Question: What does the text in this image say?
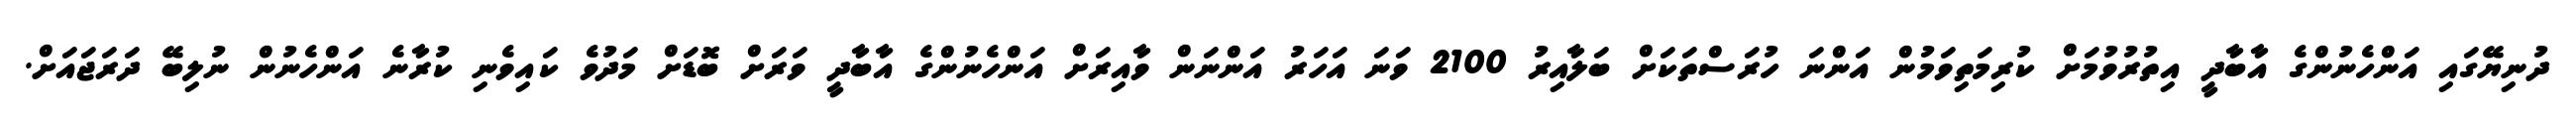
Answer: ދުނިޔޭގައި އަންހެނުންގެ އާބާދީ އިތުރުވުމަށް ކުރިމަތިވަމުން އަންނަ ހުރަސްތަކަށް ބަލާއިރު 2100 ވަނަ އަހަރު އަންނަން ވާއިރަށް އަންހެނުންގެ އާބާދީ ވަރަށް ބޮޑަށް މަދުވެ ކައިވެނި ކުރާނެ އަންހެނުން ނުލިބޭ ދަރަޖައަށް.